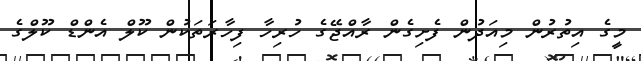
މީގެ އިތުރުން މިއަދުން ފެށިގެން ރާއްޖޭގެ ހުރިހާ ފިހާރަތަކުން ކޫލް އެންޑް ކޫލްގެ